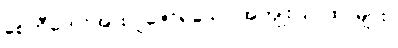
စေတီတော်အား ပူဇော်ရသော အကျိုးပြဂါထာများ။